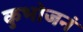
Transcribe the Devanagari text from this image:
कुभोजनं